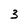
Character: 3